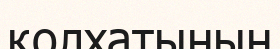
қолхатының